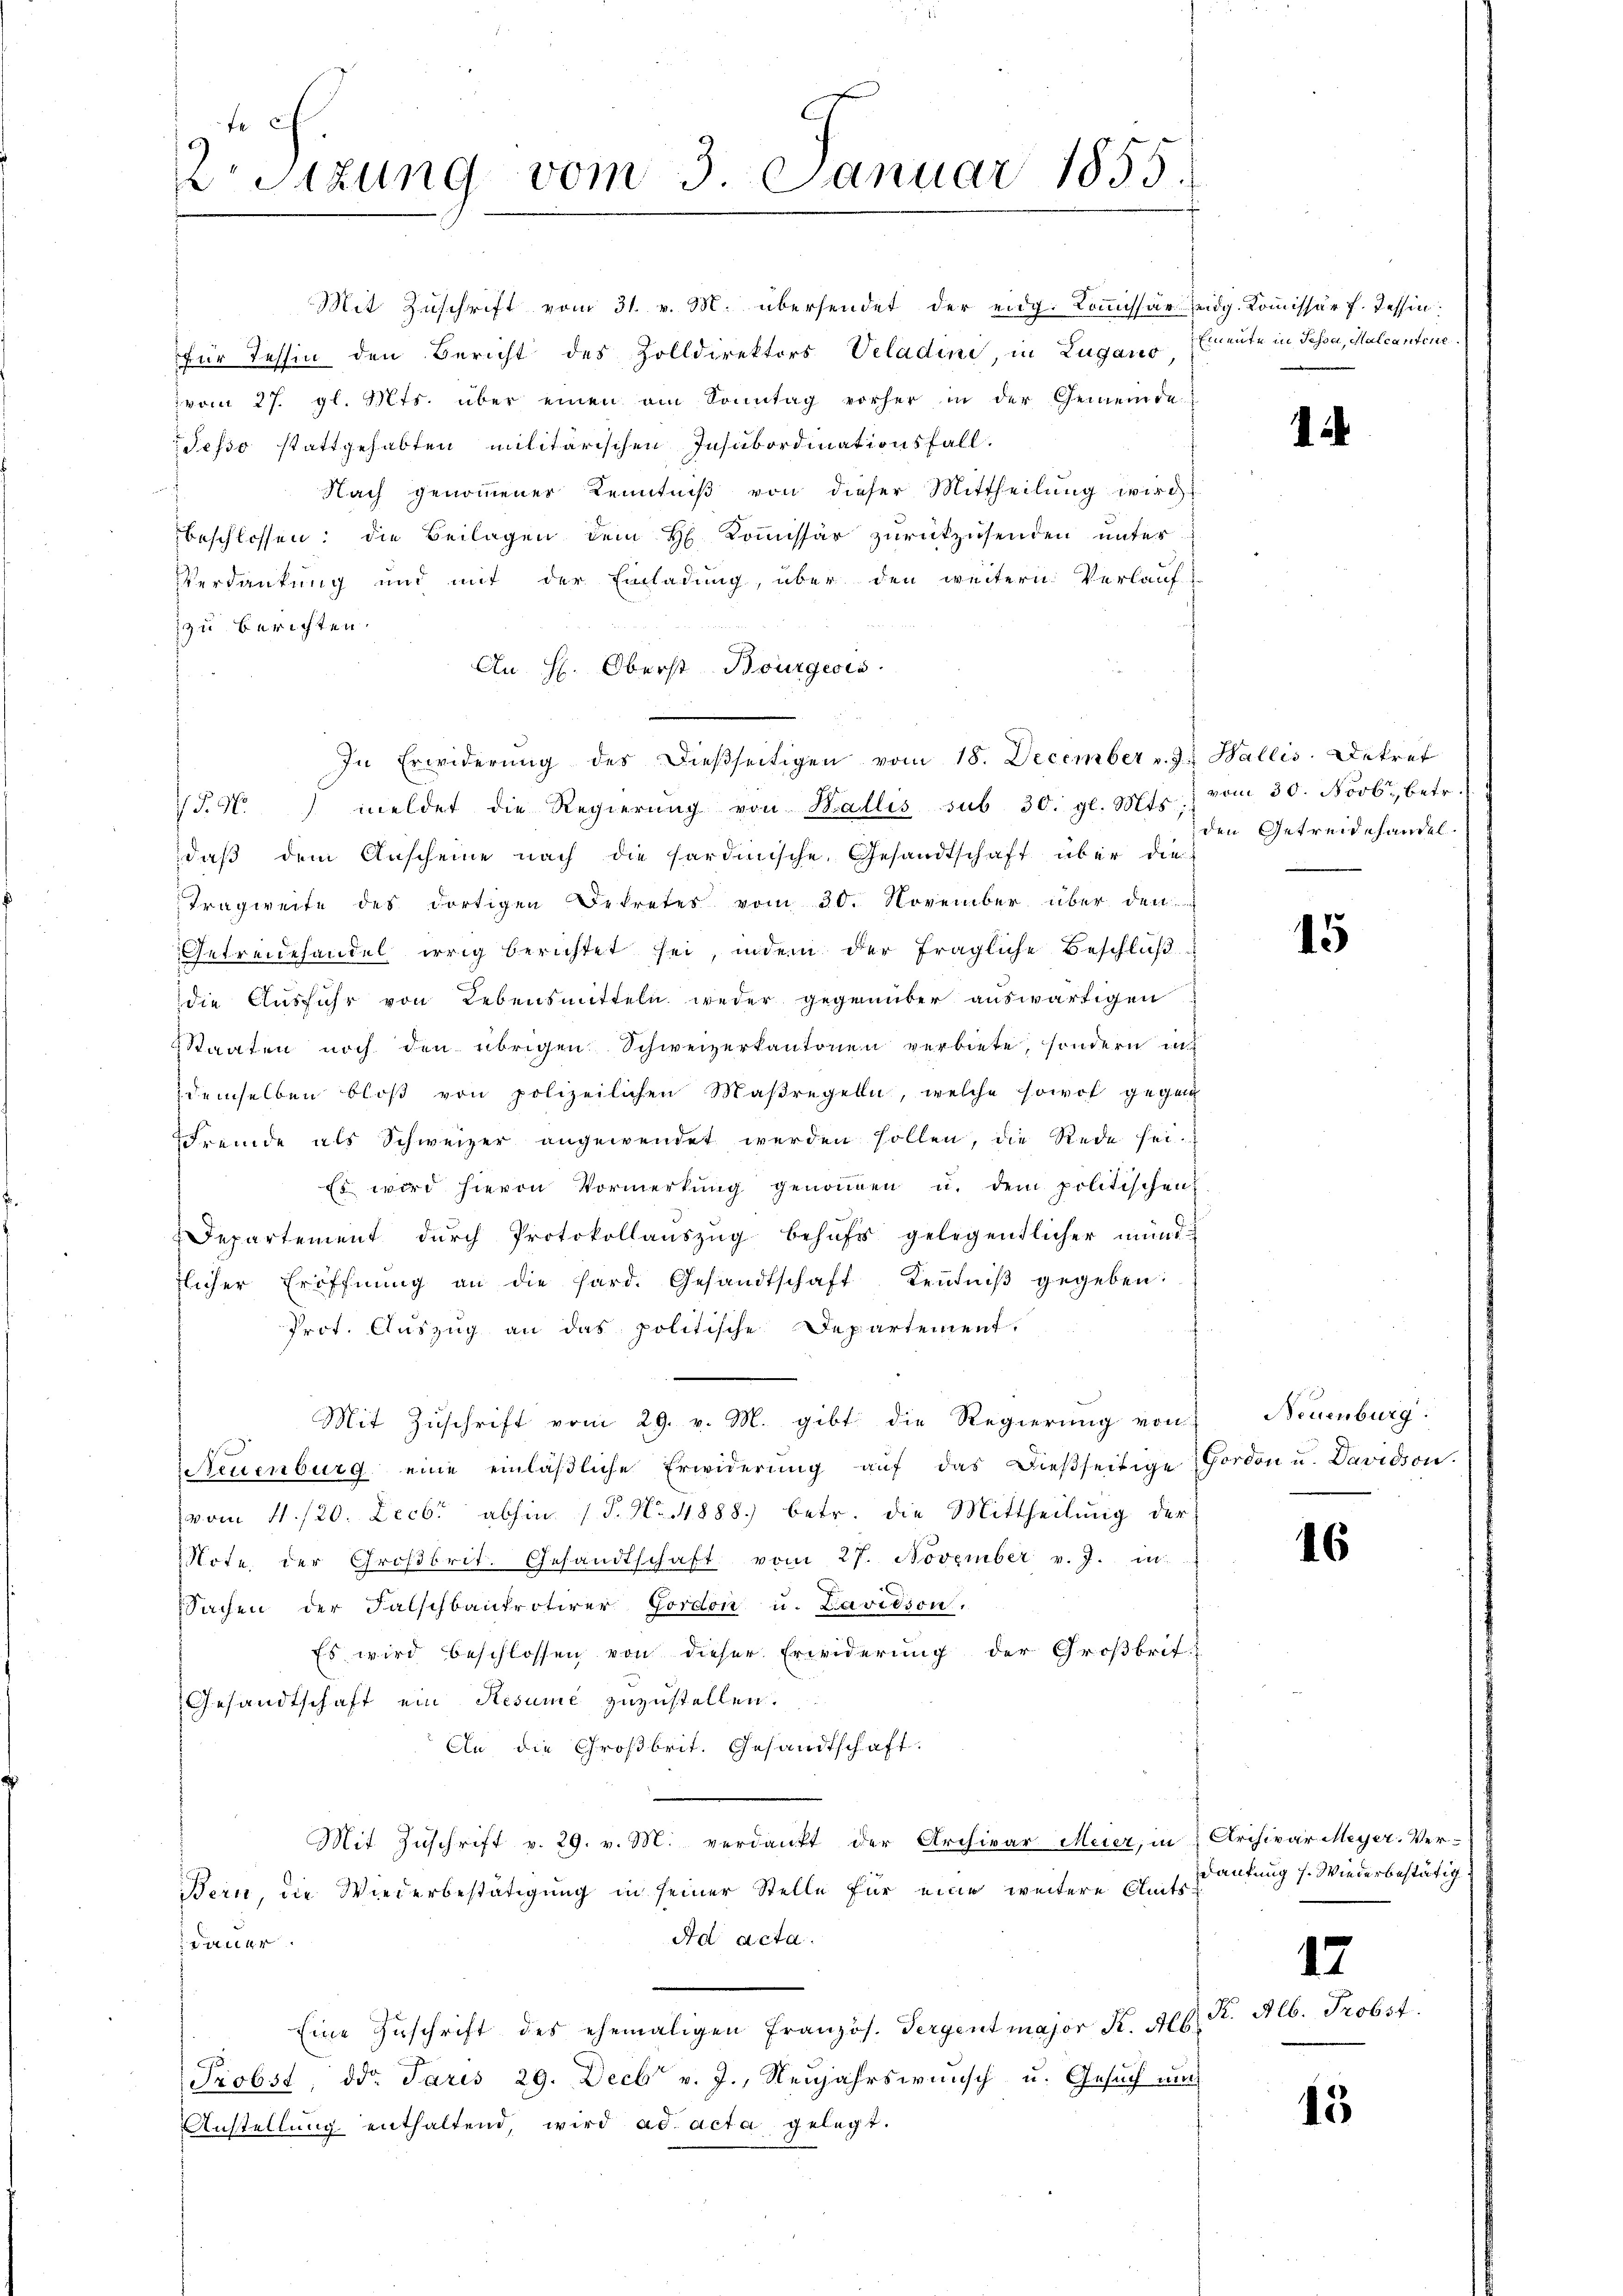
te
r Sitzung vom 3. Januar 1855.

Mit Zuschrift vom 31. v. M. übersendet der eidg. Kommissär eidg. Kommissär f. Tessin.
für Tessin den Bericht des Zolldirektors Veladini, in Lugano Greute in Pessa, Malcantone.
 vom 27. gl. Mts. über einen am Sonntag vorher in der Gemeinde
Jesso stattgehabten militärischen Insubordinationsfall.
Nach genommener Kenntniß von dieser Mittheilung wird
beschlossen: die Beilagen dem H. Kommissär zurückzusenden unter
Verdankung und mit der Einladung, über den weitern Verlauf-
z zu berichten.
An H. Oberst Bourgesto
1546. meldet die Regierŭng von Wallis sub 30. gl. Mts.,
daß dem Anscheine nach die hardinsche Gesandtschaft über die
Tragweite des dortigen Betretes vom 30. November über den
Getreidehandel irrig berichtet sei, indem der fragliche Beschlŭβ
die Ausfuhr von Lebensmitteln weder gegenüber auswärtigen
Staaten noch den übrigen Schweizerkantonen verbiete, sondern unt
demselben bloβ von polizeilichen Maßregeln, welche sowol gegen
fremde als Schweizer angewendet werden sollen, die Rede sei¬
Es wird hievon Vormerkŭng genoṁen u. dem politischen
Departement dŭrch Protokollanszŭg behŭfs gelegendlicher münd
flicher Eröffnŭng an die hard. Gesandtschaft Keṅtniβ gegeben:
Prot. Auszug an das politische Departement.
.
Mit Zŭschrift vom 29. v. M. gibt die Regierung von
Neuenburg eine einläßliche Erwiderung auf das dießseitige Forden u. Davidon.
vom 11./20. Decbr abhin (P. Nr. 1888. betr. die Mittheilung der
Mote, der Großbrit. Gesandtschaft vom 27. November v. J. in
Sachen der Falschbaukrotirer Gordon u. Davidson,
Es wird beschlossen von dieser Erwiderung der Großbrit-
Gesandtschaft ein Resume zuzustellen.
An die Großbrit. Gesandtschaft.
Mit Zuschrift v. 29. v. M. verdankt der Archivar Meier, in Archivar Meyer. Ver-
Bern, die Wiederbestätigung in seiner Stelle für eine weitere Amts¬
Ad acta.
 dauer.
Eine Zŭschrift des ehemaligen Französ. Pergent major K. Alb. Kr. Alb. Probst
Probst, ddo. Paris 29. Decbr v. J., Neujahrswunsch u. Gesuch um
Anstellung enthaltend, wird ad acta gelegt.

In Erwiderŭng des dießseitigen vom 18. December v. J. Wallis. Dekret

vom 30. Novbr., betr.
den Getreidehandel.

Neuenburg.

15

16

Dankung s. Wiederbestätig

17

15